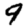
Digit: 9